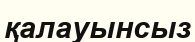
қалауынсыз